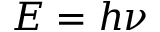
E = h \nu